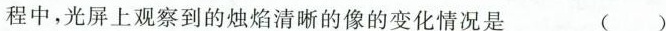
程中，光屏上观察到的烛焰清晰的像的变化情况是 ( )